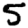
Digit: 5